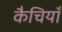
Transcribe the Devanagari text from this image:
कैचियाँ